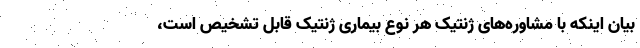
بیان اینکه با مشاوره‌های ژنتیک هر نوع بیماری ژنتیک قابل تشخیص است،